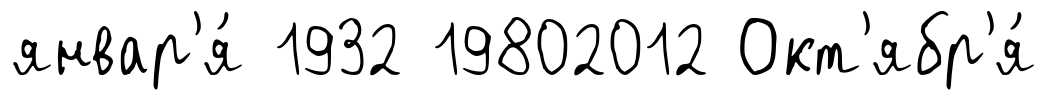
январ'я́ 1932 19802012 Окт'ябр'я́